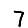
Digit: 7